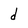
Character: d